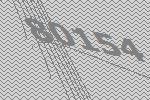
80154